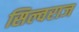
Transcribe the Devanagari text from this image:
सिल्वराज